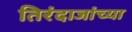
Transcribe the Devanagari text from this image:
तिरंदाजांच्या